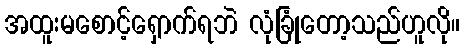
အထူးမစောင့်ရှောက်ရဘဲ လုံခြုံတော့သည်ဟူလို။